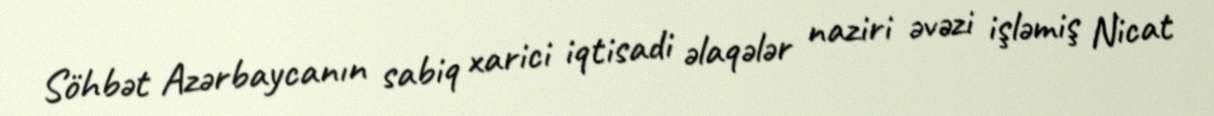
Söhbət Azərbaycanın sabiq xarici iqtisadi əlaqələr naziri əvəzi işləmiş Nicat